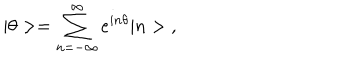
LaTeX: | \theta > = \sum _ { n = - \infty } ^ { \infty } e ^ { i n \theta } | n > \; ,